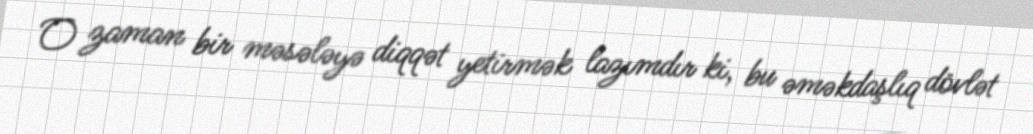
O zaman bir məsələyə diqqət yetirmək lazımdır ki, bu əməkdaşlıq dövlət